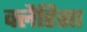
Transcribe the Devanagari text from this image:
क्लैरिसा